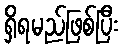
ရှိရမည်ဖြစ်ပြီး